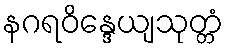
နဂရဝိန္ဒေယျသုတ္တံ